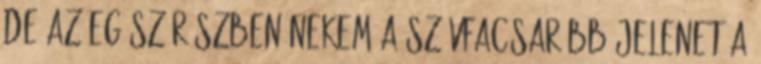
de az egész részben nekem a szívfacsaróbb jelenet a